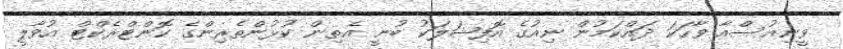
ވީނިއުސްއާ ވާހަކަ ދައްކަމުން ނިއުގެ އޮފިޝަލަކު ބުނީ އެތިން ކުޅުންތެރިންގެ ކޮންޓްރެކްޓް އުވާލީ